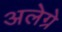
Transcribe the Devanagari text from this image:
अलेग्रे